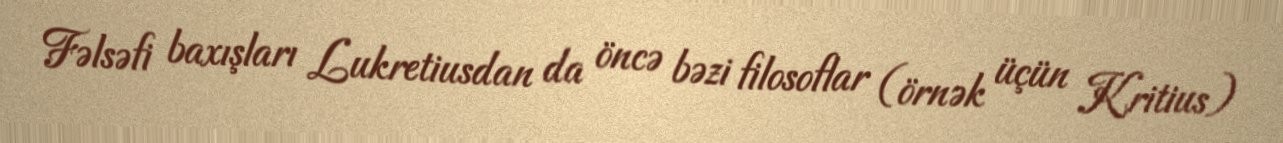
Fəlsəfi baxışları Lukretiusdan da öncə bəzi filosoflar (örnək üçün Kritius)